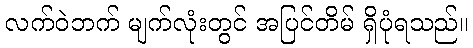
လက်ဝဲဘက် မျက်လုံးတွင် အပြင်တိမ် ရှိပုံရသည်။